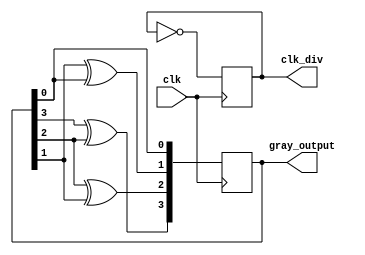
module Timing_Control_Synchronization(
    input wire clk,
    output reg [3:0] gray_output,
    output reg clk_div
);

reg [3:0] gray_counter;
reg [3:0] gray_next;

always @(posedge clk) begin
    // Gray counter logic
    gray_next[3] = gray_counter[3] ^ gray_counter[2];
    gray_next[2] = gray_counter[2] ^ gray_counter[1];
    gray_next[1] = gray_counter[1] ^ gray_counter[0];
    gray_next[0] = gray_counter[0];

    // Clock divider logic
    clk_div <= ~clk_div;
    
    // Update counter
    gray_counter <= gray_next;
end

assign gray_output = gray_counter;

endmodule